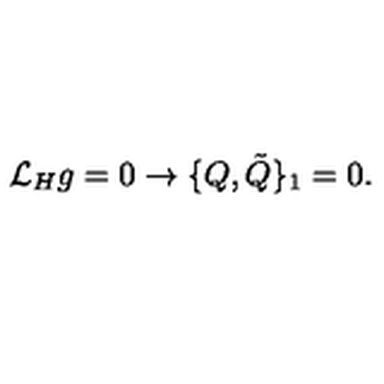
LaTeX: { \cal L } _ { H } g = 0 \rightarrow \{ Q , { \tilde { Q } } \} _ { 1 } = 0 .